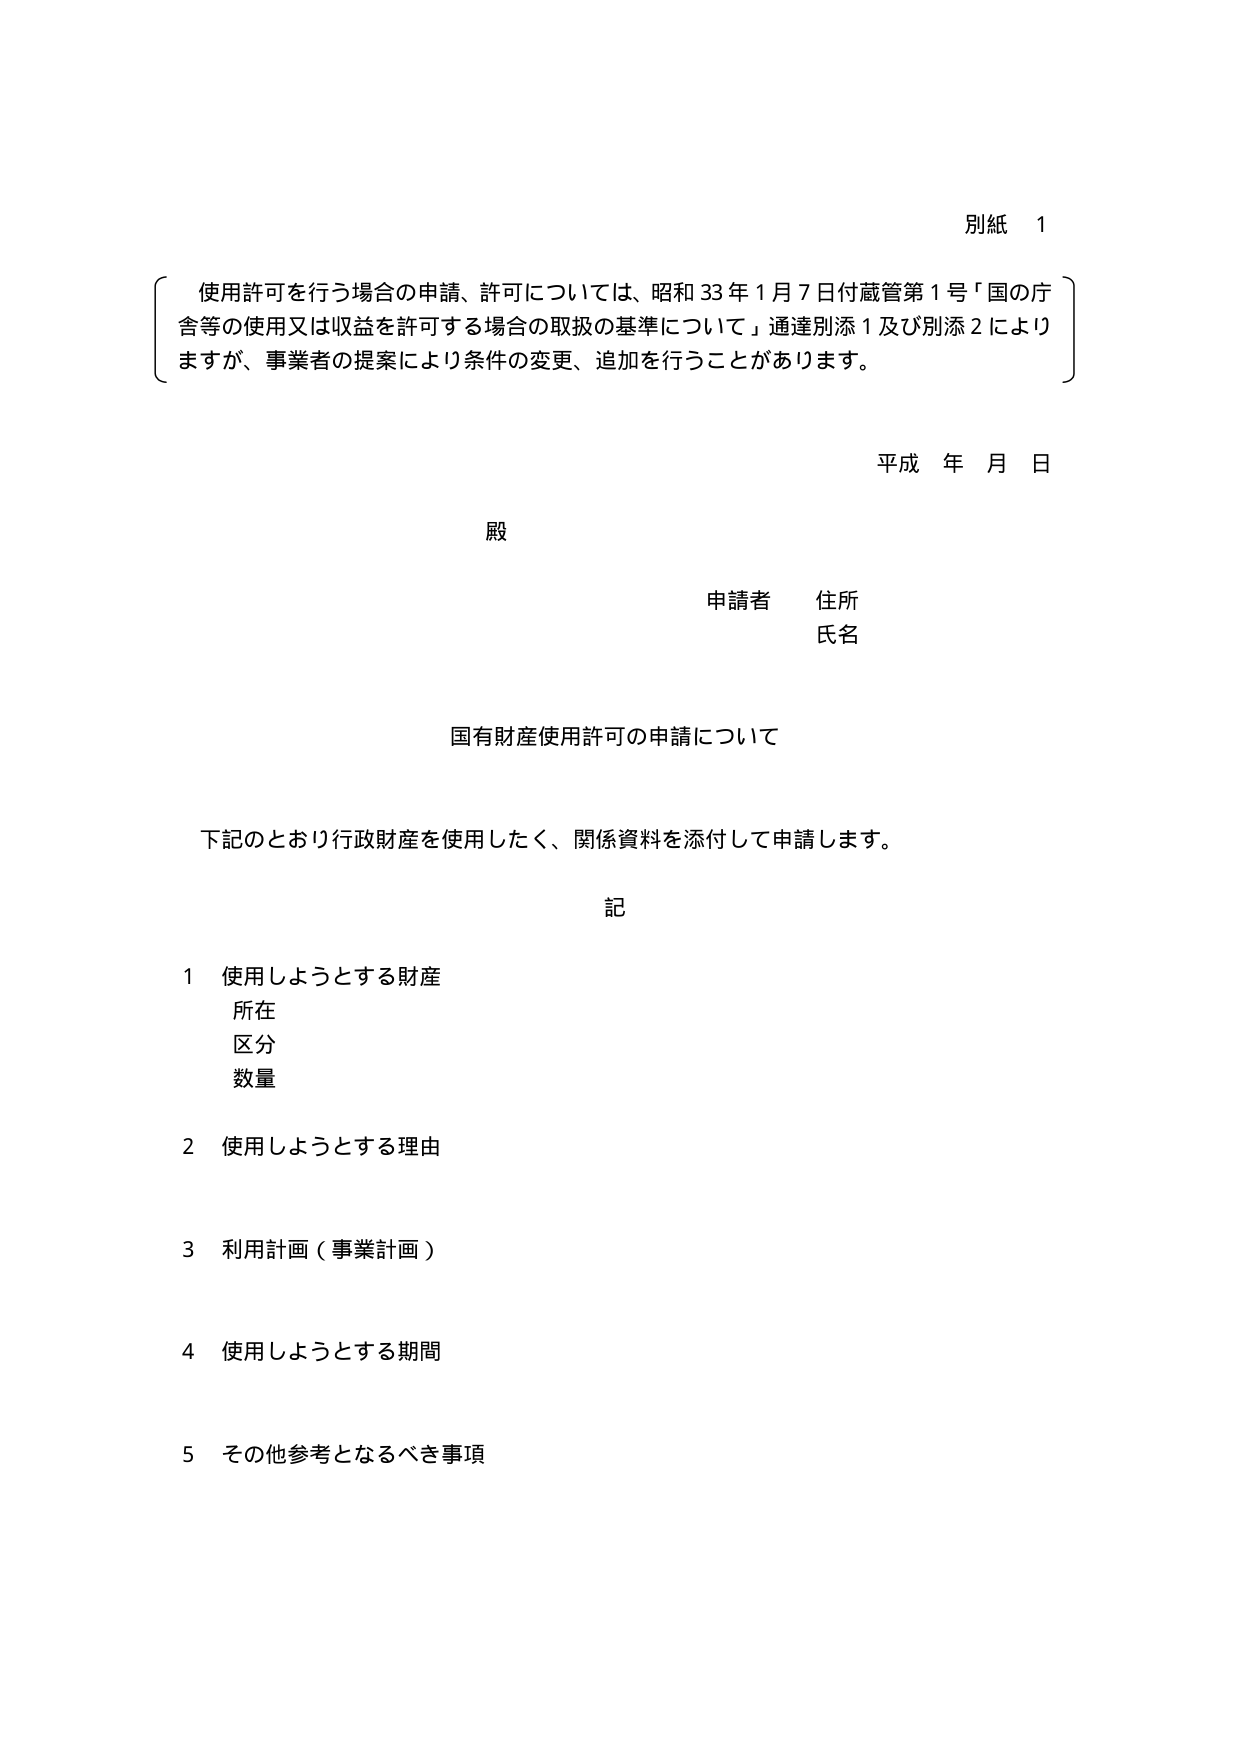
別紙 1

使用許可を行う場合の申請、許可については、昭和33年1月7日付蔵管第1号「国の庁舎等の使用又は収益を許可する場合の取扱の基準について」通達別添1及び別添2によりますが、事業者の提案により条件の変更、追加を行うことがあります。

平成 年 月 日

殿

申請者 住所
氏名

国有財産使用許可の申請について

下記のとおり行政財産を使用したく、関係資料を添付して申請します。

記

1 使用しようとする財産
　所在
　区分
　数量

2 使用しようとする理由

3 利用計画（事業計画）

4 使用しようとする期間

5 その他参考となるべき事項